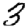
Digit: 3